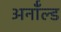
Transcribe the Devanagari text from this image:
अर्नॉल्ड